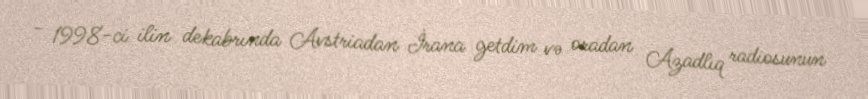
- 1998-ci ilin dekabrında Avstriadan İrana getdim və oradan Azadlıq radiosunun